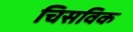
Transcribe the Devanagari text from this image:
चिसविक